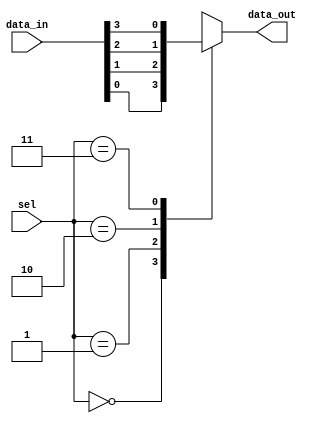
module mux_4to1 (
    input [3:0] data_in,
    input [1:0] sel,
    output reg data_out
);

always @(*)
begin
    case(sel)
        2'b00: data_out = data_in[0];
        2'b01: data_out = data_in[1];
        2'b10: data_out = data_in[2];
        2'b11: data_out = data_in[3];
    endcase
end

endmodule